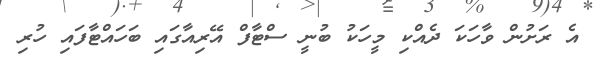
އެ ރަށުން ވާހަކަ ދެއްކި މީހަކު ބުނީ ސްޓާފް އޭރިއާގައި ބަހައްޓާފައި ހުރި